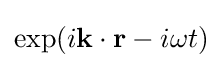
\exp(i\mathbf {k} \cdot \mathbf {r} -i\omega t)